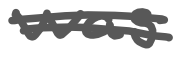
Text: was
Cross-out: double-line
Writing tool: digital_gray